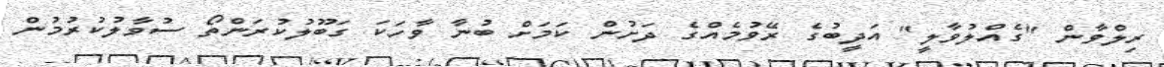
ރިލްވާން "ގެއްލުވާލީ" އަދީބުގެ ރޭވުމެއްގެ ދަށުން ކަމަށް ބުނާ ވާހަކަ ގަބޫލުކުރަންތޯ ސުވާލުކުރުމުން